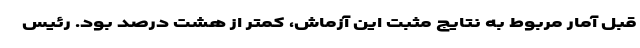
قبل آمار مربوط به نتایج مثبت این آزماش، کمتر از هشت درصد بود. رئیس